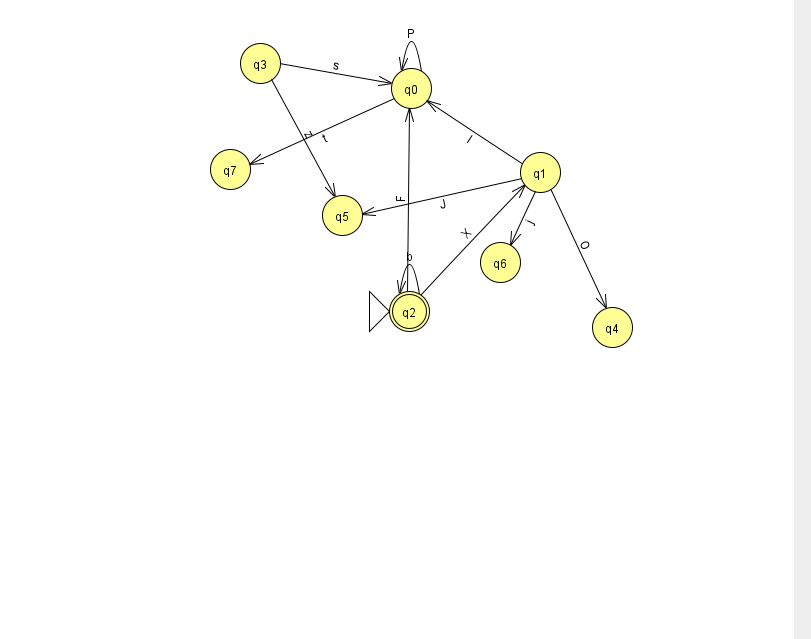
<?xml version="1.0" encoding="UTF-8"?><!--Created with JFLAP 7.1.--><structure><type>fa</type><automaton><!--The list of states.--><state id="0" name="q0"><x>411.0</x><y>75.0</y></state><state id="1" name="q1"><x>540.0</x><y>159.0</y></state><state id="2" name="q2"><x>409.0</x><y>298.0</y><initial/><final/></state><state id="3" name="q3"><x>260.0</x><y>50.0</y></state><state id="4" name="q4"><x>612.0</x><y>314.0</y></state><state id="5" name="q5"><x>342.0</x><y>202.0</y></state><state id="6" name="q6"><x>500.0</x><y>249.0</y></state><state id="7" name="q7"><x>230.0</x><y>156.0</y></state><!--The list of transitions.--><transition><from>0</from><to>0</to><read>P</read></transition><transition><from>2</from><to>2</to><read>b</read></transition><transition><from>2</from><to>1</to><read>X</read></transition><transition><from>1</from><to>6</to><read>j</read></transition><transition><from>0</from><to>7</to><read>t</read></transition><transition><from>1</from><to>0</to><read>l</read></transition><transition><from>1</from><to>5</to><read>J</read></transition><transition><from>2</from><to>0</to><read>F</read></transition><transition><from>3</from><to>5</to><read>z</read></transition><transition><from>3</from><to>0</to><read>s</read></transition><transition><from>1</from><to>4</to><read>O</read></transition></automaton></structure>